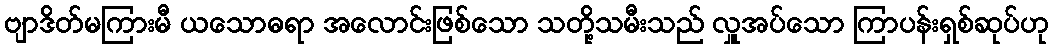
ဗျာဒိတ်မကြားမီ ယသောဓရာ အလောင်းဖြစ်သော သတို့သမီးသည် လှူအပ်သော ကြာပန်းရှစ်ဆုပ်ဟု